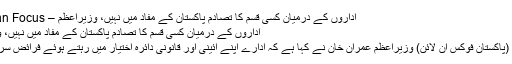
اداروں کے درمیان کسی قسم کا تصادم پاکستان کے مفاد میں نہیں، وزیراعظم – Pakistan Focus
اداروں کے درمیان کسی قسم کا تصادم پاکستان کے مفاد میں نہیں، وزیراعظم
اسلام آباد: (پاکستان فوکس آن لائن) وزیراعظم عمران خان نے کہا ہے کہ ادارے اپنے آئینی اور قانونی دائرہ اختیار میں رہتے ہوئے فرائض سرانجام دیں۔